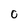
Character: 0